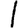
Digit: 1